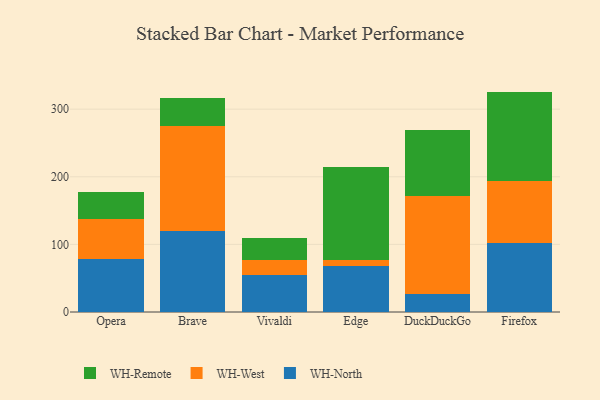
{"axis": {"x": "Browser", "y": "Budget (USD K)"}, "legend": ["WH-North", "WH-Remote", "WH-West"], "data": [{"x": "Opera", "y": 78.3, "type": "WH-North"}, {"x": "Opera", "y": 59.0, "type": "WH-West"}, {"x": "Opera", "y": 40.5, "type": "WH-Remote"}, {"x": "Brave", "y": 119.3, "type": "WH-North"}, {"x": "Brave", "y": 155.6, "type": "WH-West"}, {"x": "Brave", "y": 41.2, "type": "WH-Remote"}, {"x": "Vivaldi", "y": 55.1, "type": "WH-North"}, {"x": "Vivaldi", "y": 22.0, "type": "WH-West"}, {"x": "Vivaldi", "y": 32.8, "type": "WH-Remote"}, {"x": "Edge", "y": 67.5, "type": "WH-North"}, {"x": "Edge", "y": 9.0, "type": "WH-West"}, {"x": "Edge", "y": 137.7, "type": "WH-Remote"}, {"x": "DuckDuckGo", "y": 26.6, "type": "WH-North"}, {"x": "DuckDuckGo", "y": 144.9, "type": "WH-West"}, {"x": "DuckDuckGo", "y": 98.2, "type": "WH-Remote"}, {"x": "Firefox", "y": 102.4, "type": "WH-North"}, {"x": "Firefox", "y": 91.8, "type": "WH-West"}, {"x": "Firefox", "y": 131.8, "type": "WH-Remote"}]}